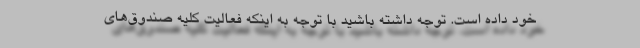
خود داده است. توجه داشته باشید با توجه به اینکه فعالیت کلیه صندوق‌های